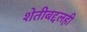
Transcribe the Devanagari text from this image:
शेतीबद्दलही